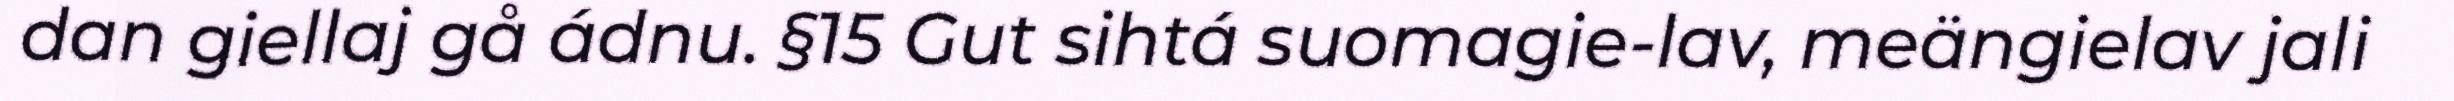
dan giellaj gå ádnu. §15 Gut sihtá suomagie-lav, meängielav jali